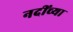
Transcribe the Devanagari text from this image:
नदींच्या